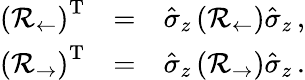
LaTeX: \begin{array}{rlr}{\left(\mathcal{R}_{\leftarrow}\right)^{\mathrm{T}}}&{=}&{\hat{\sigma}_{z}\left(\mathcal{R}_{\leftarrow}\right)\hat{\sigma}_{z}\, ,}\\ {\left(\mathcal{R}_{\rightarrow}\right)^{\mathrm{T}}}&{=}&{\hat{\sigma}_{z}\left(\mathcal{R}_{\rightarrow}\right)\hat{\sigma}_{z}\, .}\end{array}